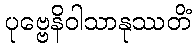
ပုဗ္ဗေနိဝါသာနုဿတိံ